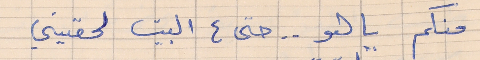
منكم يا هو  . .  حتى ع البيت لحقيني